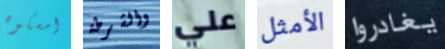
امسكوه والشرطة علي الأمثل يغادروا